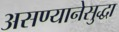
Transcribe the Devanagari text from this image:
असण्यानेसुद्धा